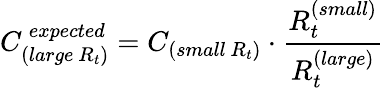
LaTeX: C_{(large~R_{t})}^{~expected}=C_{(small~R_{t})}\cdot\frac{R_{t}^{(small)}}{R_{t}^{(large)}}